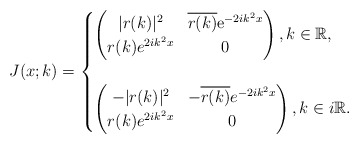
\begin{align*}J(x;k)=\begin{cases}\begin{pmatrix}|r(k)|^2 & \overline{r(k)} \mathrm{e}^{-2ik^2 x}\\r(k) e^{2ik^2 x} & 0\end{pmatrix},k \in \mathbb{R},\\ \\\begin{pmatrix}-|r(k)|^2 & -\overline{r(k)} e^{-2ik^2x} \\r(k) e^{2ik^2x} & 0\end{pmatrix}, k \in i\mathbb{R}. \end{cases}\end{align*}